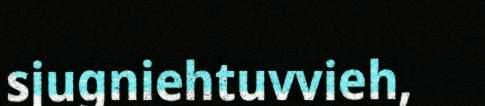
sjugniehtuvvieh,